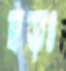
হড়ঃ